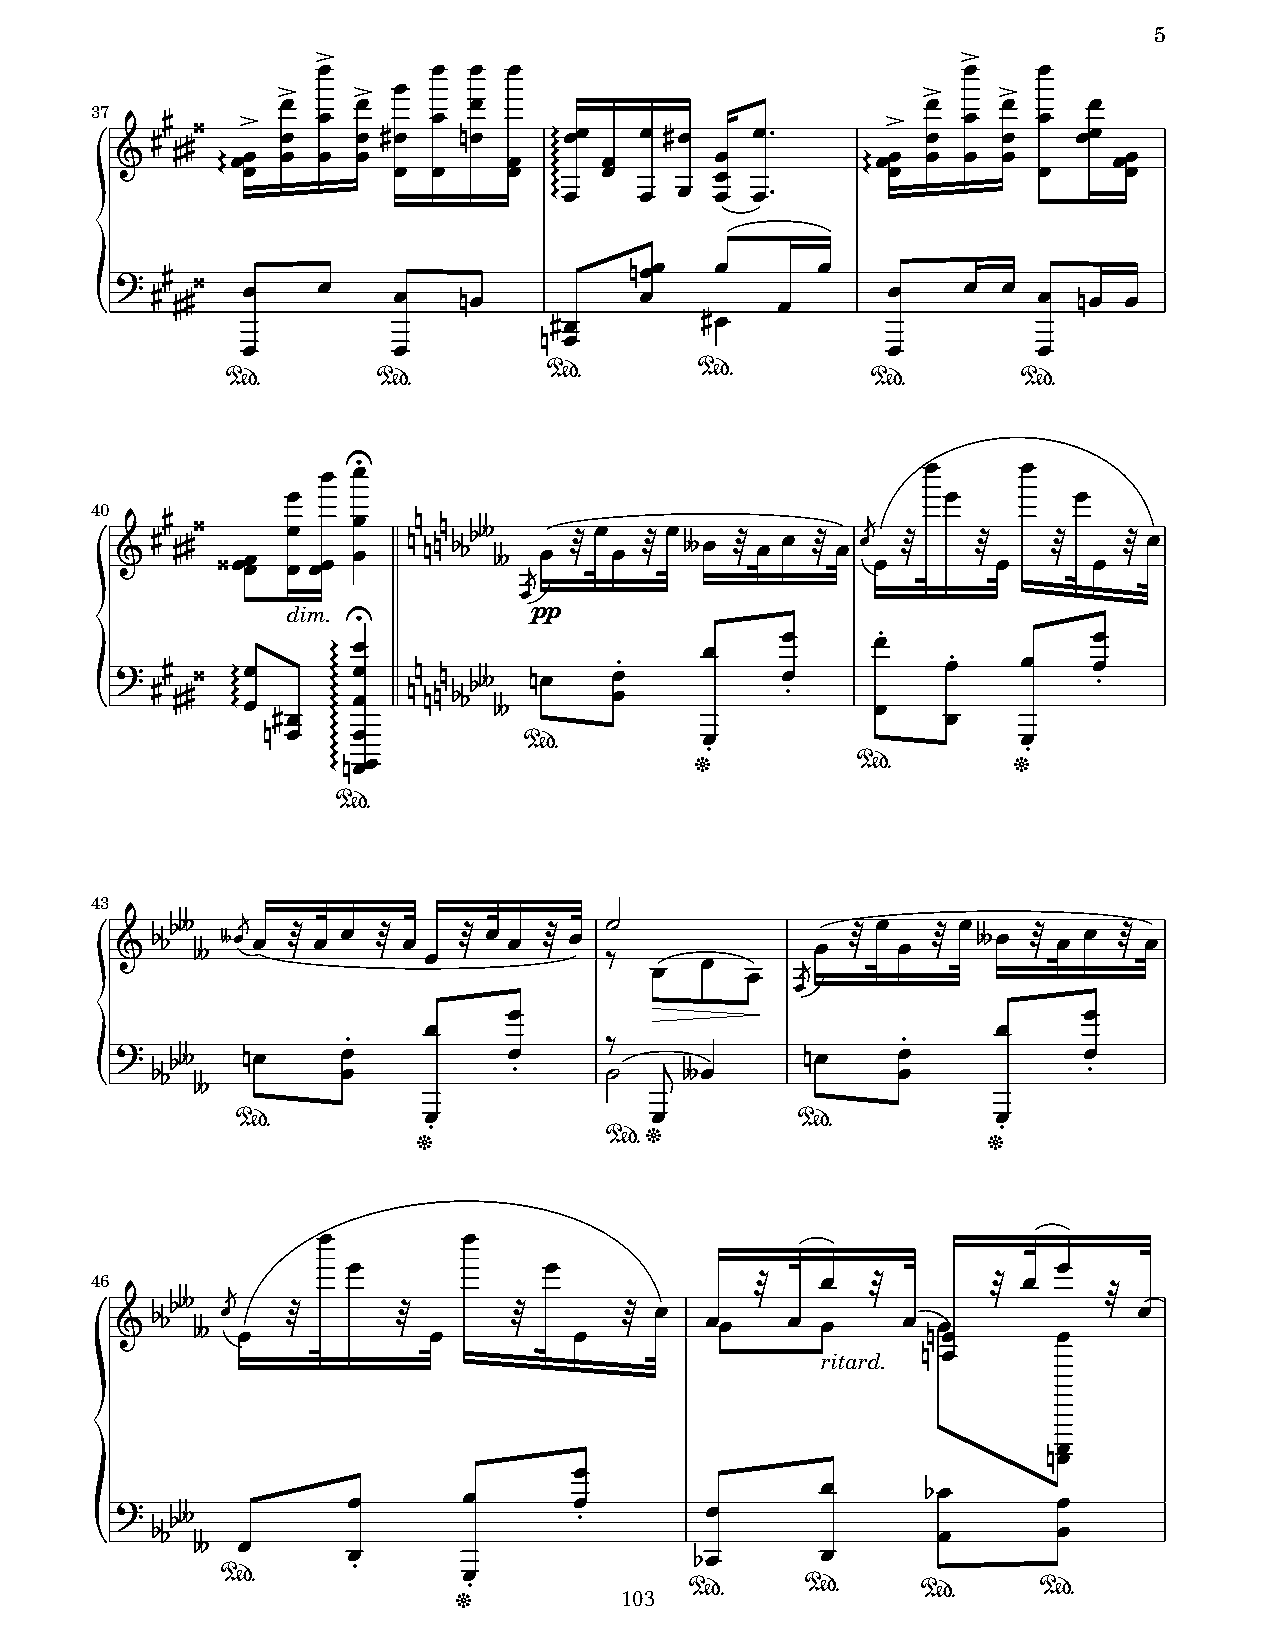
5
 3                                         3
 !       ! !  !                             !    !
 3    3 !                                   3    3
 !    !      !                             !    !     !
 37
 +
 55 556
 0 0!
 !!3 !! !
 !
 !! 5 !! !
 !
 '!
 !!
 0
 0
 0 0
 0!!
 !!
 ! 5!
 ! !
 !/
 0 0!
 !!3 !! !! !! !
 !
 !!
 ! !!
 0 0! !  ! !  !/
 ) 55 556 !   !    !   '!          ' !!! !   ! !    !    ! !  ! '! !
 ,                            5!        5!
 ' !
 !         !                                !         !
 &%        &%
 &%        &%                               &%        &%
 !
 !8                                    !      !
 !                                           !       !
 40
 +
 55 556
 6!! !
 !
 ! !!
 !
 !
 '' ''' ***#
 # "#! $
 !
 ! $
 !
 #!  $ ! ! $ !
 !"#
 ! $    $ !  $ ! $ !
 !pp
 dim. 8
 ) 55 556 0 0 0 0! ! 0 0 0 0 0 0 0 ! ! ! '' ''' ***# # '! ! !" !
 !
 ! "
 !!"
 !"   !
 !
 ! "
 5!  0                                        !
 -         ' !  0 0 !                    !                    !
 0            &%          "                    "
 0 0'!!                  (          &%        (
 &%
 43
 "#
 + ***# # ! ! ! $ ! ! $ ! ! $ ! ! $ ! -, !    "#! $ ! ! $ ! #! $ ! ! $ !
 !     !
 !
 !                                     !
 !                                     !
 "                -                   "
 ) ***#  '!     ! !        ! "   ,   . #!     '!    ! !          ! "
 #
 .                    !              !                      !
 &%           "                       &%           "
 &%(
 (                                    (
 !         !
 !            !                                 !
 46       "#                                 $   !   $       $ !
 +
 ***#
 # ! ! $      $ !     $   !  $ !   !!   ! !     ! '! !    !
 $
 !
 ritard. ' !
 !
 '!
 !
 !       !      !               !      *!       !
 )  *#                         "        !
 /  **                                                  !       !
 #  !
 ! "                    *!      !
 &%              ! "       103  &%     &%      &%      &%
 (